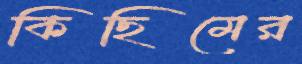
কিছিমের